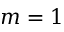
m = 1